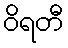
ဝိရတီ